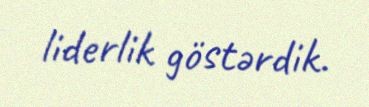
liderlik göstərdik.